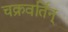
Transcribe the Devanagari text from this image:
चक्रवर्तिन्